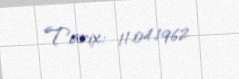
Tarix: 11.04.1962